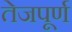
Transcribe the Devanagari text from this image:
तेजपूर्ण